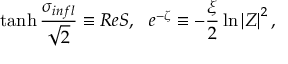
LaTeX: \operatorname { t a n h } \frac { \sigma _ { i n f l } } { \sqrt { 2 } } \equiv R e S , \ \ e ^ { - \zeta } \equiv - \frac { \xi } { 2 } \ln \left| Z \right| ^ { 2 } ,